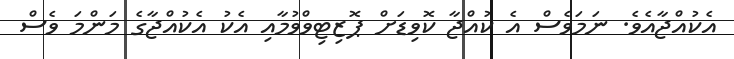
އެކުއްޖާއެވެ. ނަމަވެސް އެ ކުއްޖާ ކޮވިޑަށް ޕޮޒިޓިވްވުމާއި އެކު އެކުއްޖާގެ މަންމަ ވެސް